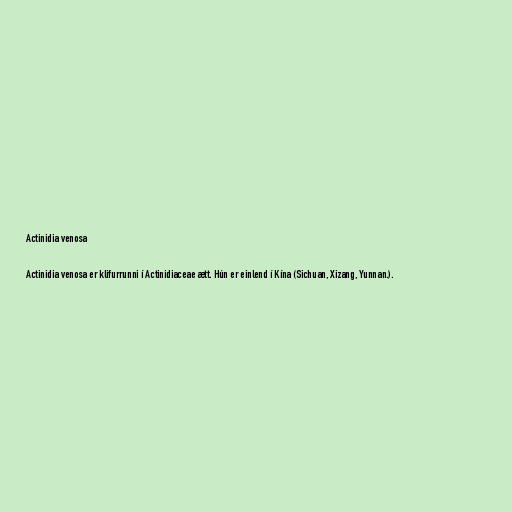
Actinidia venosa

Actinidia venosa er klifurrunni í Actinidiaceae ætt. Hún er einlend í Kína (Sichuan, Xizang, Yunnan.).